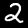
Digit: 2